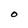
Character: O